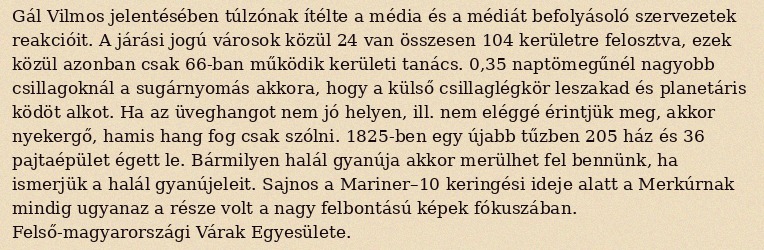
Gál Vilmos jelentésében túlzónak ítélte a média és a médiát befolyásoló szervezetek reakcióit. A járási jogú városok közül 24 van összesen 104 kerületre felosztva, ezek közül azonban csak 66-ban működik kerületi tanács. 0,35 naptömegűnél nagyobb csillagoknál a sugárnyomás akkora, hogy a külső csillaglégkör leszakad és planetáris ködöt alkot. Ha az üveghangot nem jó helyen, ill. nem eléggé érintjük meg, akkor nyekergő, hamis hang fog csak szólni. 1825-ben egy újabb tűzben 205 ház és 36 pajtaépület égett le. Bármilyen halál gyanúja akkor merülhet fel bennünk, ha ismerjük a halál gyanújeleit. Sajnos a Mariner–10 keringési ideje alatt a Merkúrnak mindig ugyanaz a része volt a nagy felbontású képek fókuszában. Felső-magyarországi Várak Egyesülete.